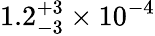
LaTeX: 1.2_{-3}^{+3}\times 10^{-4}